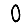
Digit: 0